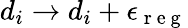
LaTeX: d_{i}\to d_{i}+\epsilon_{\mathrm{~r~e~g~}}